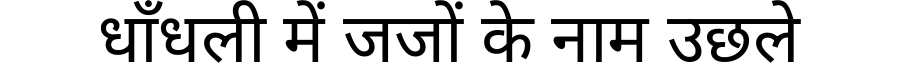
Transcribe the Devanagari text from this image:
धाँधली में जजों के नाम उछले